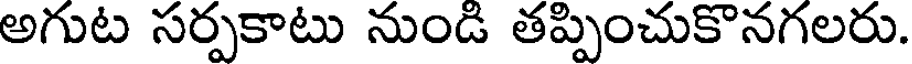
అగుట సర్పకాటు నుండి తప్పించుకొనగలరు.